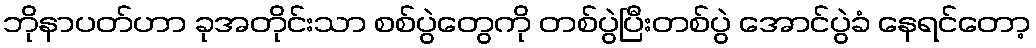
ဘိုနာပတ်ဟာ ခုအတိုင်းသာ စစ်ပွဲတွေကို တစ်ပွဲပြီးတစ်ပွဲ အောင်ပွဲခံ နေရင်တော့